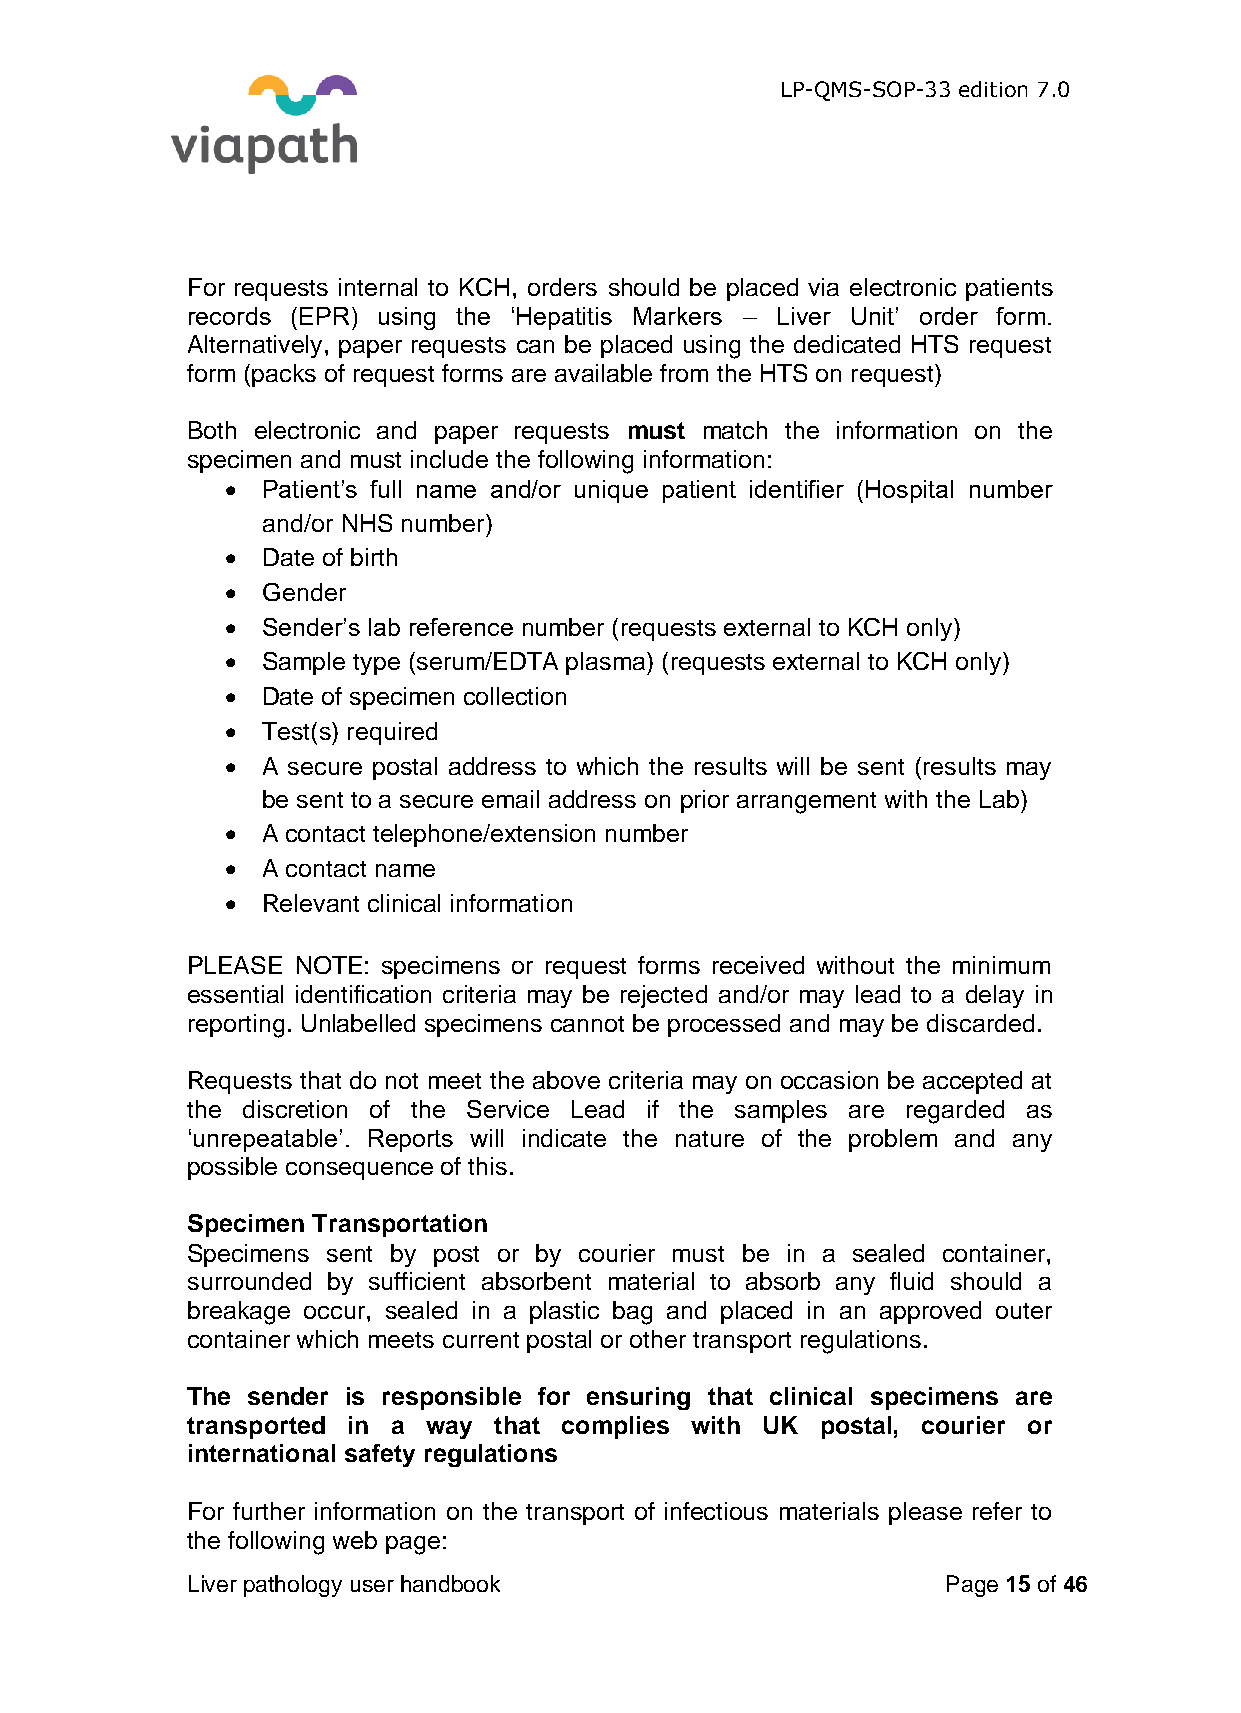
LP-QMS-SOP-33 edition 7.0
 For requests internal to KCH, orders should be placed via electronic patients
 records (EPR) using the ‘Hepatitis Markers – Liver Unit’ order form.
 Alternatively, paper requests can be placed using the dedicated HTS request
 form (packs of request forms are available from the HTS on request)
 Both electronic and paper requests must match the information on the
 specimen and must include the following information:
  Patient’s full name and/or unique patient identifier (Hospital number
 and/or NHS number)
  Date of birth
  Gender
  Sender’s lab reference number (requests external to KCH only)
  Sample type (serum/EDTA plasma) (requests external to KCH only)
  Date of specimen collection
  Test(s) required
  A secure postal address to which the results will be sent (results may
 be sent to a secure email address on prior arrangement with the Lab)
  A contact telephone/extension number
  A contact name
  Relevant clinical information
 PLEASE NOTE: specimens or request forms received without the minimum
 essential identification criteria may be rejected and/or may lead to a delay in
 reporting. Unlabelled specimens cannot be processed and may be discarded.
 Requests that do not meet the above criteria may on occasion be accepted at
 the discretion of the Service Lead if the samples are regarded as
 ‘unrepeatable’. Reports will indicate the nature of the problem and any
 possible consequence of this.
 Specimen Transportation
 Specimens sent by post or by courier must be in a sealed container,
 surrounded by sufficient absorbent material to absorb any fluid should a
 breakage occur, sealed in a plastic bag and placed in an approved outer
 container which meets current postal or other transport regulations.
 The sender is responsible for ensuring that clinical specimens are
 transported in a way that complies with UK postal, courier or
 international safety regulations
 For further information on the transport of infectious materials please refer to
 the following web page:
 Liver pathology user handbook                      Page 15 of 46